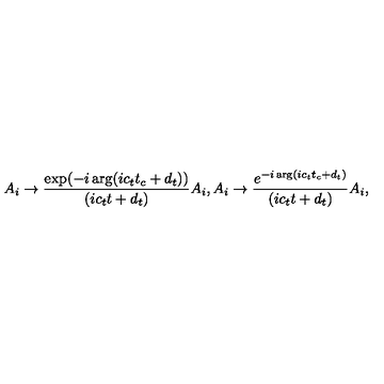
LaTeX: A _ { i } \rightarrow { \frac { \exp ( - i \arg ( i c _ { t } t _ { c } + d _ { t } ) ) } { ( i c _ { t } t + d _ { t } ) } } A _ { i } , A _ { i } \rightarrow { \frac { e ^ { - i \arg ( i c _ { t } t _ { c } + d _ { t } ) } } { ( i c _ { t } t + d _ { t } ) } } A _ { i } ,